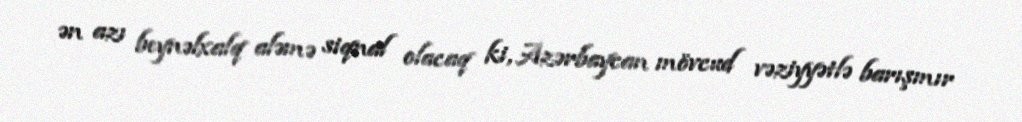
ən azı beynəlxalq aləmə siqnal olacaq ki, Azərbaycan mövcud vəziyyətlə barışmır